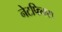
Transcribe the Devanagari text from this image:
नेटफिक्स